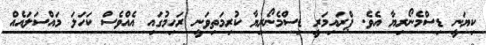
ކިޔަނީ ޑިސްމެނޯރިޔާ އެވެ. ޕްރައިމަރީ ޑިސްމެނޯރިޔާ ކުރިމަތިވަނީ ރަހިމުގައި އެއްވެސް ކަހަލަ މައްސަލައެއް